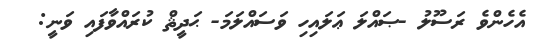
އެހެންވެ ރަސޫލު -ޞައްލަ ޢަލައިހި ވަސައްލަމަ- ޙަދީޘް ކުރައްވާފައި ވަނީ: